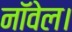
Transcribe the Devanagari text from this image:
नाॅवेल।